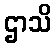
ဌာသိ